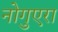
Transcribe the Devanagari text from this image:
नोगुएरा